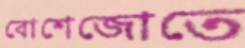
বোশেজোতে